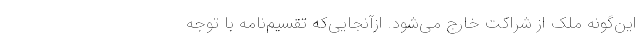
این‌گونه ملک از شراکت خارج می‌شود. ازآنجایی‌که تقسیم‌نامه با توجه